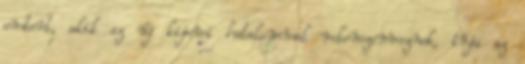
embert, akik az új kijevi hatalommal rokonszenveznek, írja az